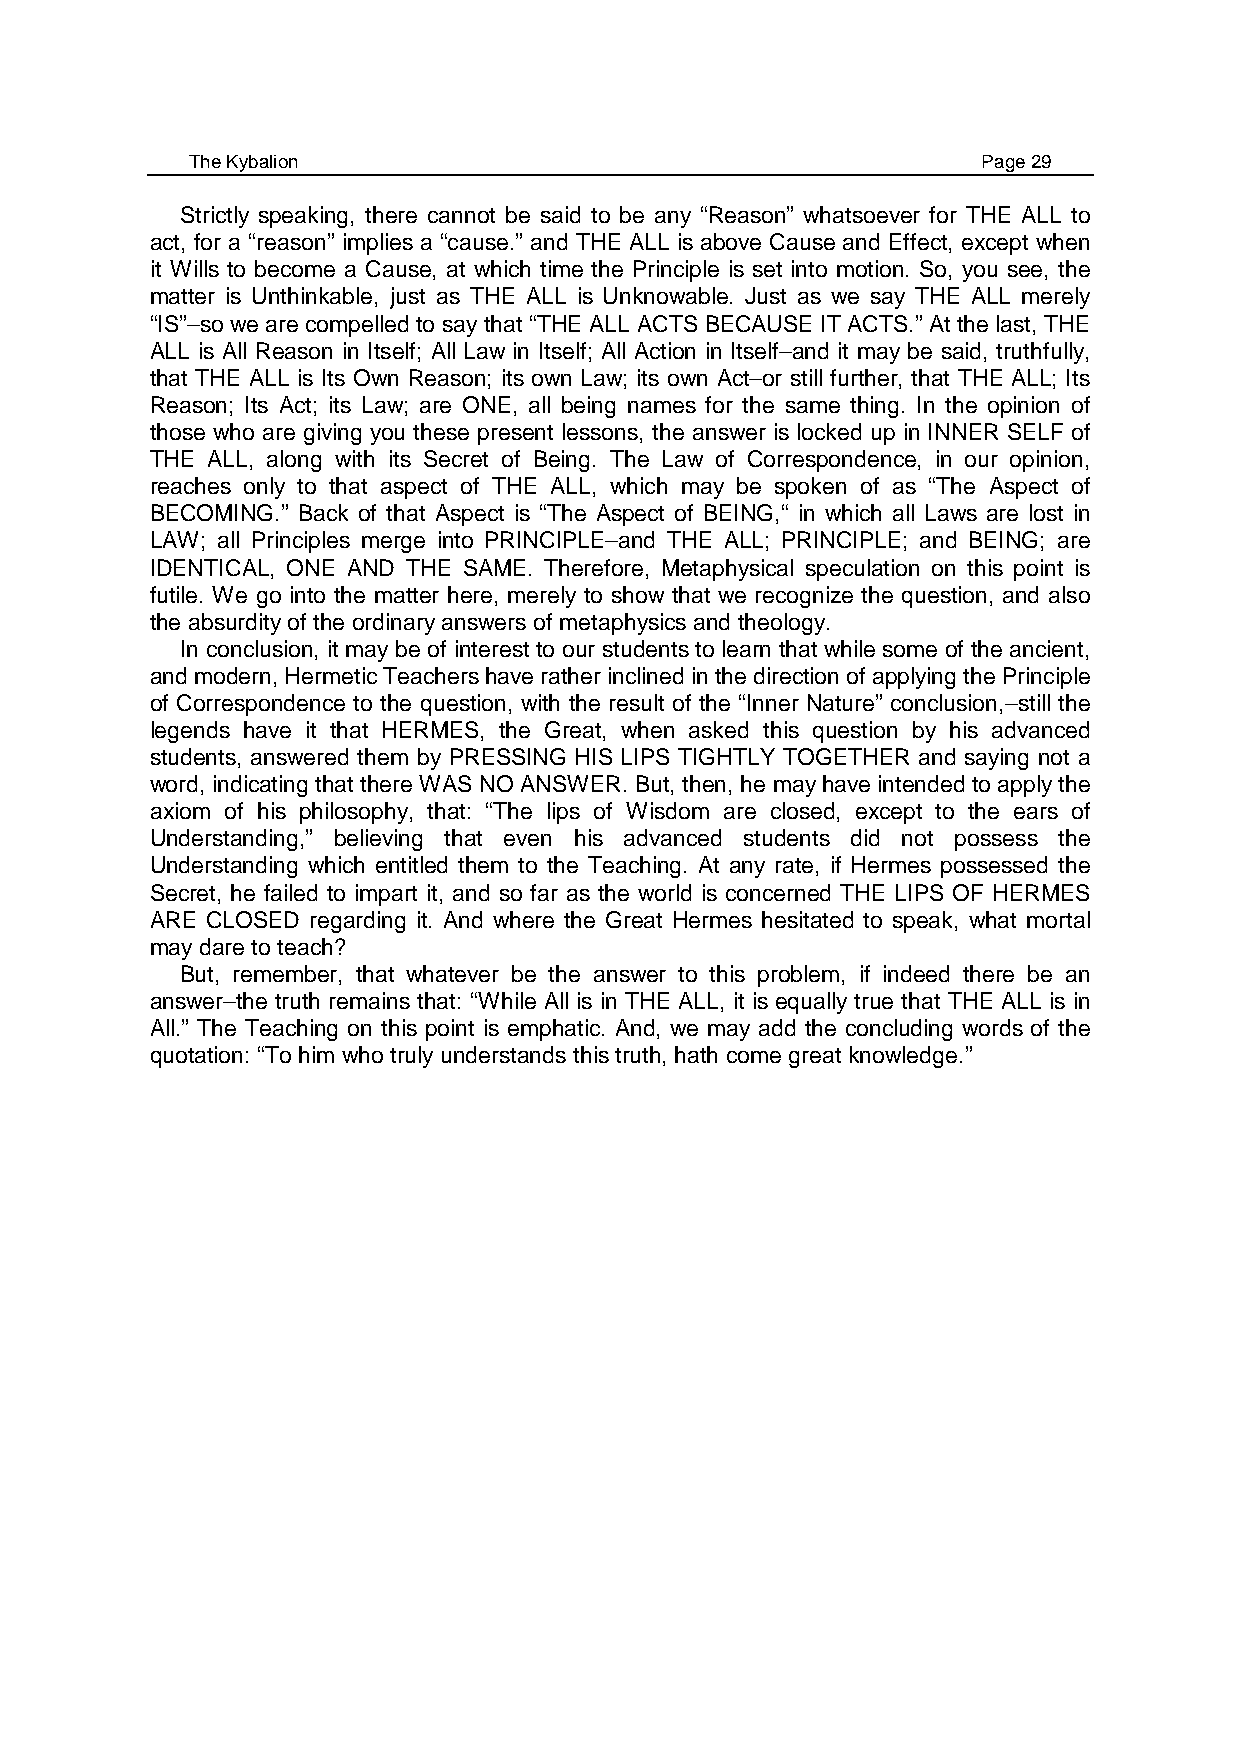
The Kybalion                                        Page 29
 Strictly speaking, there cannot be said to be any “Reason” whatsoever for THE ALL to
 act, for a “reason” implies a “cause.” and THE ALL is above Cause and Effect, except when
 it Wills to become a Cause, at which time the Principle is set into motion. So, you see, the
 matter is Unthinkable, just as THE ALL is Unknowable. Just as we say THE ALL merely
 “IS”–so we are compelled to say that “THE ALL ACTS BECAUSE IT ACTS.” At the last, THE
 ALL is All Reason in Itself; All Law in Itself; All Action in Itself–and it may be said, truthfully,
 that THE ALL is Its Own Reason; its own Law; its own Act–or still further, that THE ALL; Its
 Reason; Its Act; its Law; are ONE, all being names for the same thing. In the opinion of
 those who are giving you these present lessons, the answer is locked up in INNER SELF of
 THE ALL, along with its Secret of Being. The Law of Correspondence, in our opinion,
 reaches only to that aspect of THE ALL, which may be spoken of as “The Aspect of
 BECOMING.” Back of that Aspect is “The Aspect of BEING,“ in which all Laws are lost in
 LAW; all Principles merge into PRINCIPLE–and THE ALL; PRINCIPLE; and BEING; are
 IDENTICAL, ONE AND THE SAME. Therefore, Metaphysical speculation on this point is
 futile. We go into the matter here, merely to show that we recognize the question, and also
 the absurdity of the ordinary answers of metaphysics and theology.
 In conclusion, it may be of interest to our students to learn that while some of the ancient,
 and modern, Hermetic Teachers have rather inclined in the direction of applying the Principle
 of Correspondence to the question, with the result of the “Inner Nature” conclusion,–still the
 legends have it that HERMES, the Great, when asked this question by his advanced
 students, answered them by PRESSING HIS LIPS TIGHTLY TOGETHER and saying not a
 word, indicating that there WAS NO ANSWER. But, then, he may have intended to apply the
 axiom of his philosophy, that: “The lips of Wisdom are closed, except to the ears of
 Understanding,” believing that even his advanced students did not possess the
 Understanding which entitled them to the Teaching. At any rate, if Hermes possessed the
 Secret, he failed to impart it, and so far as the world is concerned THE LIPS OF HERMES
 ARE CLOSED regarding it. And where the Great Hermes hesitated to speak, what mortal
 may dare to teach?
 But, remember, that whatever be the answer to this problem, if indeed there be an
 answer–the truth remains that: “While All is in THE ALL, it is equally true that THE ALL is in
 All.” The Teaching on this point is emphatic. And, we may add the concluding words of the
 quotation: “To him who truly understands this truth, hath come great knowledge.”